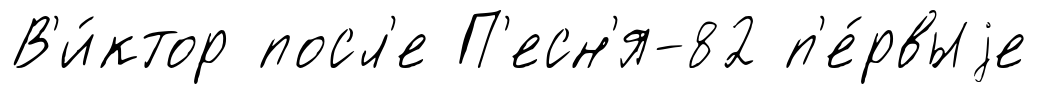
В'и́ктор посл'е П'есн'я-82 п'е́рвыjе